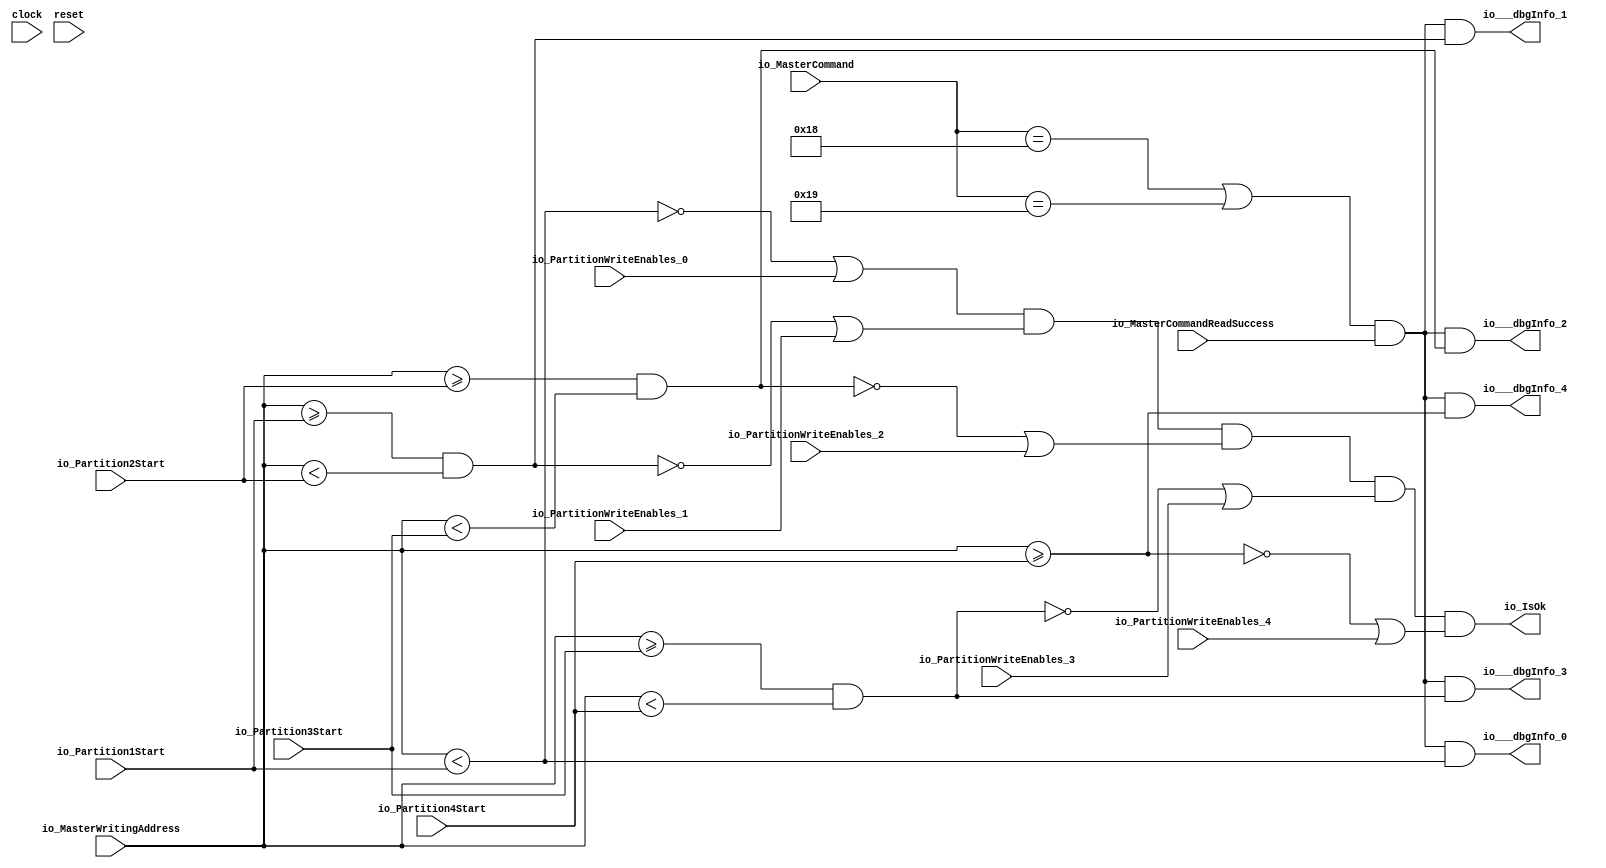
module WritingAddressVerifier(
  input         clock,
  input         reset,
  input  [5:0]  io_MasterCommand,
  input  [31:0] io_MasterWritingAddress,
  input         io_MasterCommandReadSuccess,
  input         io_PartitionWriteEnables_0,
  input         io_PartitionWriteEnables_1,
  input         io_PartitionWriteEnables_2,
  input         io_PartitionWriteEnables_3,
  input         io_PartitionWriteEnables_4,
  input  [31:0] io_Partition1Start,
  input  [31:0] io_Partition2Start,
  input  [31:0] io_Partition3Start,
  input  [31:0] io_Partition4Start,
  output        io_IsOk,
  output        io___dbgInfo_0,
  output        io___dbgInfo_1,
  output        io___dbgInfo_2,
  output        io___dbgInfo_3,
  output        io___dbgInfo_4
);
  wire  isInMBR; // @[WritingAddressVerifier.scala 21:40]
  wire  _T_1; // @[WritingAddressVerifier.scala 23:48]
  wire  _T_2; // @[WritingAddressVerifier.scala 23:99]
  wire  isInPartition1; // @[WritingAddressVerifier.scala 23:71]
  wire  _T_4; // @[WritingAddressVerifier.scala 25:48]
  wire  _T_5; // @[WritingAddressVerifier.scala 25:99]
  wire  isInPartition2; // @[WritingAddressVerifier.scala 25:71]
  wire  _T_7; // @[WritingAddressVerifier.scala 27:48]
  wire  _T_8; // @[WritingAddressVerifier.scala 27:99]
  wire  isInPartition3; // @[WritingAddressVerifier.scala 27:71]
  wire  isInPartition4; // @[WritingAddressVerifier.scala 29:47]
  wire  _T_11; // @[WritingAddressVerifier.scala 31:18]
  wire  _T_12; // @[WritingAddressVerifier.scala 31:27]
  wire  _T_13; // @[WritingAddressVerifier.scala 31:63]
  wire  _T_14; // @[WritingAddressVerifier.scala 31:79]
  wire  _T_15; // @[WritingAddressVerifier.scala 31:59]
  wire  _T_16; // @[WritingAddressVerifier.scala 31:115]
  wire  _T_17; // @[WritingAddressVerifier.scala 31:131]
  wire  _T_18; // @[WritingAddressVerifier.scala 31:111]
  wire  _T_19; // @[WritingAddressVerifier.scala 31:167]
  wire  _T_20; // @[WritingAddressVerifier.scala 31:183]
  wire  _T_21; // @[WritingAddressVerifier.scala 31:163]
  wire  _T_22; // @[WritingAddressVerifier.scala 31:219]
  wire  _T_23; // @[WritingAddressVerifier.scala 31:235]
  wire  _T_25; // @[WritingAddressVerifier.scala 32:42]
  wire  _T_26; // @[WritingAddressVerifier.scala 32:71]
  wire  _T_27; // @[WritingAddressVerifier.scala 32:51]
  wire  _T_28; // @[WritingAddressVerifier.scala 32:81]
  assign isInMBR = io_MasterWritingAddress < io_Partition1Start; // @[WritingAddressVerifier.scala 21:40]
  assign _T_1 = io_MasterWritingAddress >= io_Partition1Start; // @[WritingAddressVerifier.scala 23:48]
  assign _T_2 = io_MasterWritingAddress < io_Partition2Start; // @[WritingAddressVerifier.scala 23:99]
  assign isInPartition1 = _T_1 & _T_2; // @[WritingAddressVerifier.scala 23:71]
  assign _T_4 = io_MasterWritingAddress >= io_Partition2Start; // @[WritingAddressVerifier.scala 25:48]
  assign _T_5 = io_MasterWritingAddress < io_Partition3Start; // @[WritingAddressVerifier.scala 25:99]
  assign isInPartition2 = _T_4 & _T_5; // @[WritingAddressVerifier.scala 25:71]
  assign _T_7 = io_MasterWritingAddress >= io_Partition3Start; // @[WritingAddressVerifier.scala 27:48]
  assign _T_8 = io_MasterWritingAddress < io_Partition4Start; // @[WritingAddressVerifier.scala 27:99]
  assign isInPartition3 = _T_7 & _T_8; // @[WritingAddressVerifier.scala 27:71]
  assign isInPartition4 = io_MasterWritingAddress >= io_Partition4Start; // @[WritingAddressVerifier.scala 29:47]
  assign _T_11 = ~ isInMBR; // @[WritingAddressVerifier.scala 31:18]
  assign _T_12 = _T_11 | io_PartitionWriteEnables_0; // @[WritingAddressVerifier.scala 31:27]
  assign _T_13 = ~ isInPartition1; // @[WritingAddressVerifier.scala 31:63]
  assign _T_14 = _T_13 | io_PartitionWriteEnables_1; // @[WritingAddressVerifier.scala 31:79]
  assign _T_15 = _T_12 & _T_14; // @[WritingAddressVerifier.scala 31:59]
  assign _T_16 = ~ isInPartition2; // @[WritingAddressVerifier.scala 31:115]
  assign _T_17 = _T_16 | io_PartitionWriteEnables_2; // @[WritingAddressVerifier.scala 31:131]
  assign _T_18 = _T_15 & _T_17; // @[WritingAddressVerifier.scala 31:111]
  assign _T_19 = ~ isInPartition3; // @[WritingAddressVerifier.scala 31:167]
  assign _T_20 = _T_19 | io_PartitionWriteEnables_3; // @[WritingAddressVerifier.scala 31:183]
  assign _T_21 = _T_18 & _T_20; // @[WritingAddressVerifier.scala 31:163]
  assign _T_22 = ~ isInPartition4; // @[WritingAddressVerifier.scala 31:219]
  assign _T_23 = _T_22 | io_PartitionWriteEnables_4; // @[WritingAddressVerifier.scala 31:235]
  assign _T_25 = io_MasterCommand == 6'h18; // @[WritingAddressVerifier.scala 32:42]
  assign _T_26 = io_MasterCommand == 6'h19; // @[WritingAddressVerifier.scala 32:71]
  assign _T_27 = _T_25 | _T_26; // @[WritingAddressVerifier.scala 32:51]
  assign _T_28 = _T_27 & io_MasterCommandReadSuccess; // @[WritingAddressVerifier.scala 32:81]
  assign io_IsOk = _T_21 & _T_23; // @[WritingAddressVerifier.scala 31:13]
  assign io___dbgInfo_0 = _T_28 & isInMBR; // @[WritingAddressVerifier.scala 32:21]
  assign io___dbgInfo_1 = _T_28 & isInPartition1; // @[WritingAddressVerifier.scala 33:21]
  assign io___dbgInfo_2 = _T_28 & isInPartition2; // @[WritingAddressVerifier.scala 34:21]
  assign io___dbgInfo_3 = _T_28 & isInPartition3; // @[WritingAddressVerifier.scala 35:21]
  assign io___dbgInfo_4 = _T_28 & isInPartition4; // @[WritingAddressVerifier.scala 36:21]
endmodule